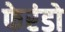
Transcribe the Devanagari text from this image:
फेरंडो